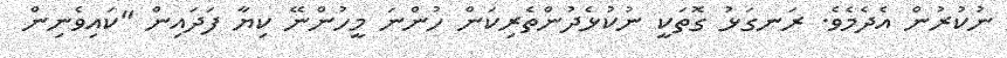
ނުކުރުން އެދެމެވެ. ރަނގަޅު ގޮތަކީ ނުކުޅެދުންތެރިކަން ހުންނަ މީހުންނޭ ކިޔާ ފަދައިން "ކައިވެނިން